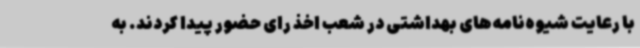
با رعایت شیوه‌نامه‌های بهداشتی در شعب اخذ رای حضور پیدا کردند. به